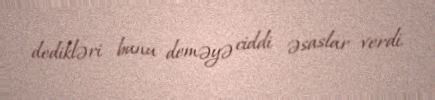
dedikləri bunu deməyə ciddi əsaslar verdi.